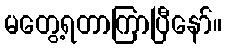
မတွေ့ရတာကြာပြီနော်။